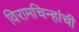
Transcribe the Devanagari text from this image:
विरामचिन्हांची